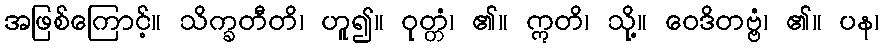
အဖြစ်ကြောင့်။ သိက္ခတီတိ၊ ဟူ၍။ ဝုတ္တံ၊ ၏။ ဣတိ၊ သို့။ ဝေဒိတဗ္ဗံ၊ ၏။ ပန၊